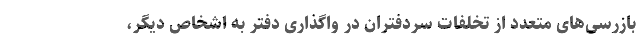
بازرسی‌های متعدد از تخلفات سردفتران در واگذاری دفتر به اشخاص دیگر،